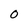
Character: 0